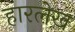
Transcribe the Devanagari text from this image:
हारलेख